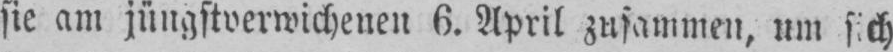
sie am jüngstverwichenen 6. April zusammen, um sich